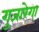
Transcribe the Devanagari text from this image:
गुजारेगा